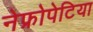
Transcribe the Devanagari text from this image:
नेफ्रोपेटिया